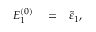
\begin{array} { r l r } { { \cal E } _ { 1 } ^ { ( 0 ) } } & { { } = } & { \tilde { \varepsilon } _ { 1 } , } \end{array}